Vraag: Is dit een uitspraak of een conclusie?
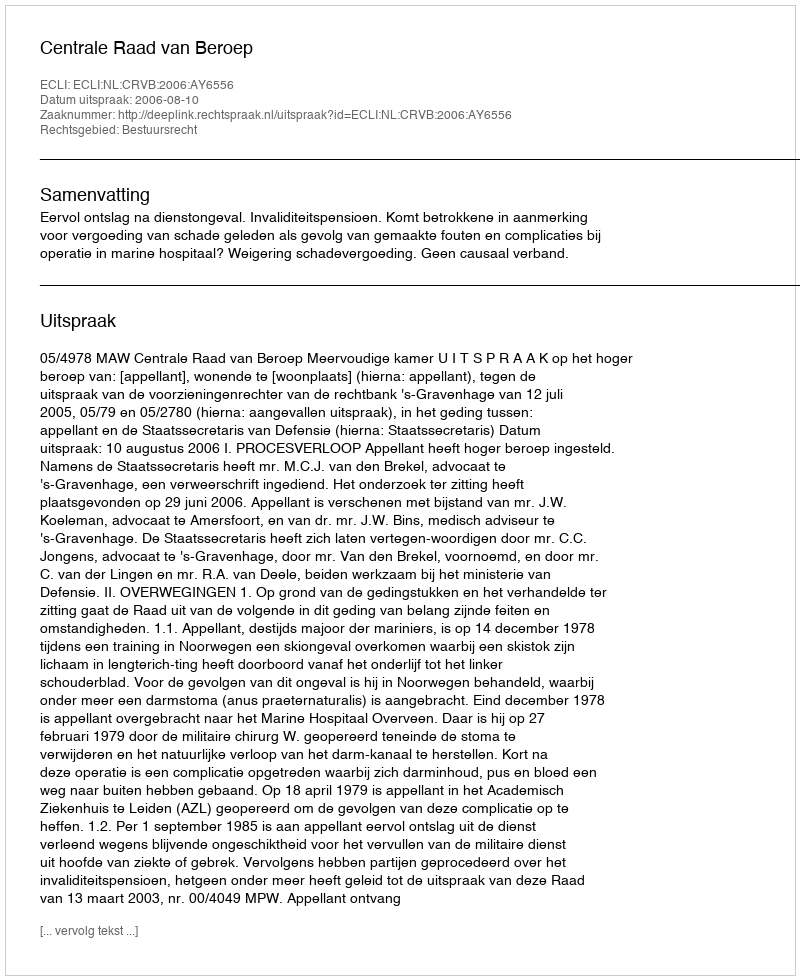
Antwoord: Uitspraak